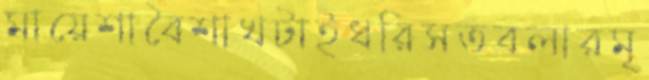
মায়েশাবৈশাখটাইধরিসতবলারমৃ